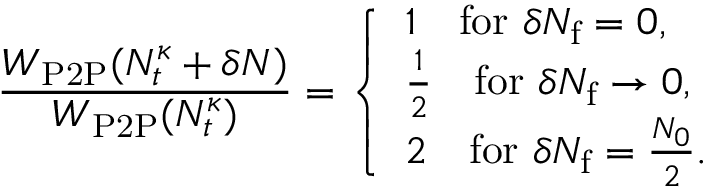
\frac { W _ { \mathrm { P 2 P } } ( N _ { t } ^ { \kappa } + \delta N ) } { W _ { \mathrm { P 2 P } } ( N _ { t } ^ { \kappa } ) } = \left\{ \begin{array} { l l } { 1 \quad \mathrm { f o r ~ } \delta N _ { \mathrm { f } } = 0 , } \\ { \frac { 1 } { 2 } \quad \mathrm { f o r ~ } \delta N _ { \mathrm { f } } \to 0 , } \\ { 2 \quad \mathrm { f o r ~ } \delta N _ { \mathrm { f } } = \frac { N _ { 0 } } { 2 } . } \end{array} \right.